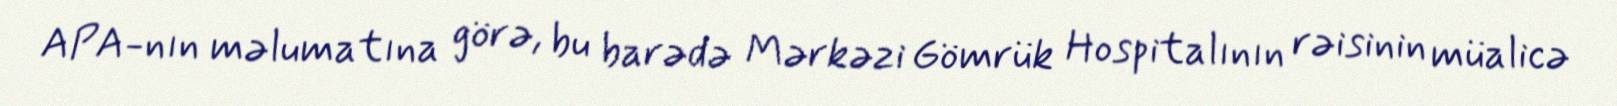
APA-nın məlumatına görə, bu barədə Mərkəzi Gömrük Hospitalının rəisinin müalicə